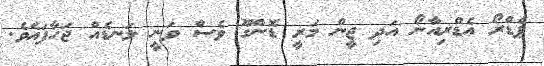
ޕެޑްރޯ އެޑްރިއާނޯ އަދި ޖީން މަރީ ޑޮންގޫ ވެސް ވަނީ ލަނޑެއް ޖަހާފައެވެ.